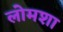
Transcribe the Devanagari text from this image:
लोमशा